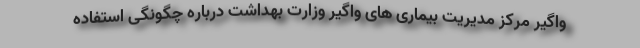
واگیر مرکز مدیریت بیماری های واگیر وزارت بهداشت درباره چگونگی استفاده